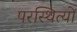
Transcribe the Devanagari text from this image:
परस्थित्यों